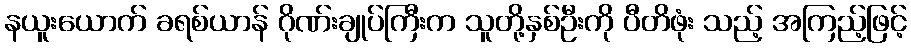
နယူးယောက် ခရစ်ယာန် ဂိုဏ်းချုပ်ကြီးက သူတို့နှစ်ဦးကို ပီတိဖုံး သည့် အကြည့်ဖြင့်